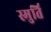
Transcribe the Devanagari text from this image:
स्मुर्ति